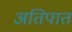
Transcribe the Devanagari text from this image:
अतिपात